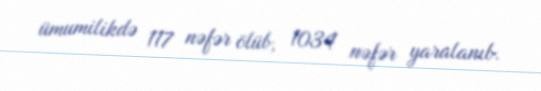
ümumilikdə 117 nəfər ölüb, 1034 nəfər yaralanıb.